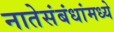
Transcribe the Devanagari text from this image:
नातेसंबंधांमध्ये